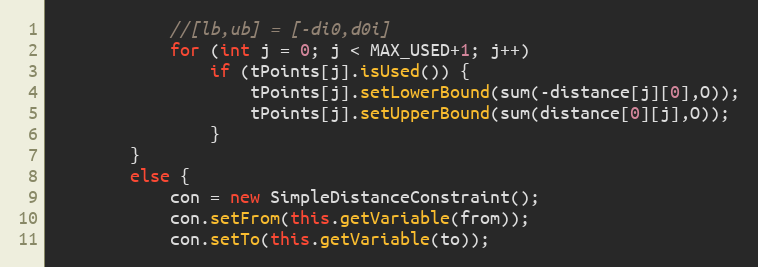
Language: Java
			//[lb,ub] = [-di0,d0i]
			for (int j = 0; j < MAX_USED+1; j++)
				if (tPoints[j].isUsed()) {
					tPoints[j].setLowerBound(sum(-distance[j][0],O));
					tPoints[j].setUpperBound(sum(distance[0][j],O));
				}
		}
		else {
			con = new SimpleDistanceConstraint();
			con.setFrom(this.getVariable(from));
			con.setTo(this.getVariable(to));